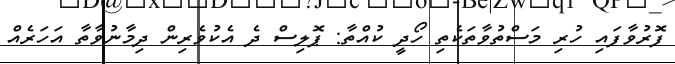
ފޮރުވާފައި ހުރި މަސްތުވާތަކެތި ހޯދީ ކުއްތާ: ޕޮލިސް ދެ އެކުވެރިން ދިމާނުވާތާ އަހަރެއް